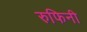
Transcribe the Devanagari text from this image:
रुफिनी